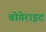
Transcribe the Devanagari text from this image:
बोगेराइट